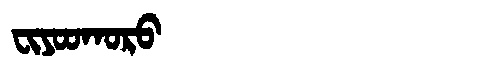
Manchu: ᠸᡳᠶᠣᠣᡴᠣᡵᠣ
Romanization: FIYOOKORO